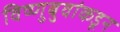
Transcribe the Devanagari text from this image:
विष्णुबुवांकडून